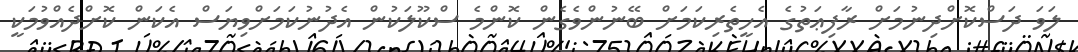
ލަވަ ދަސްކޮށްދިނުމަށް ރާފިޢަތުގެ އެހީތެރިކަމަށް ބޭނުންވެގެން ކޮންމެ ސްކޫލަކުން އެދުނުކަމަށްވިޔަސް އެކަން ކޮށްދެއްވުމަކީ